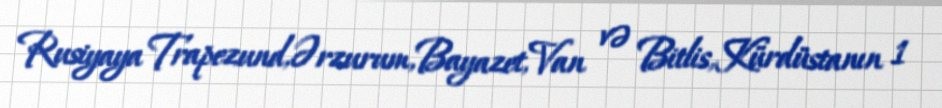
Rusiyaya Trapezund,Ərzurum,Bayazet,Van və Bitlis,Kürdüstanın 1